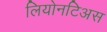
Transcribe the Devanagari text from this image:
लियोनटिअस